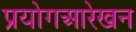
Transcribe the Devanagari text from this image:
प्रयोगआरेखन